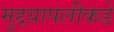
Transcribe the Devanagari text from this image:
मुद्दय़ापलीकडे